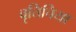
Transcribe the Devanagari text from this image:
वृत्तिचिया